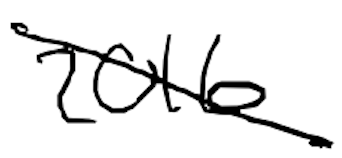
Text: 2016
Cross-out: diagonal
Writing tool: digital_black